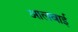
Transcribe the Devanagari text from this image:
आलवाई